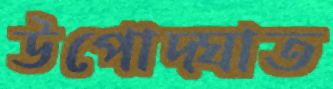
উপোদ্ঘাত